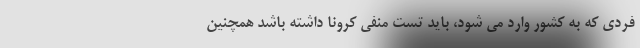
فردی که به کشور وارد می شود، باید تست منفی کرونا داشته باشد همچنین